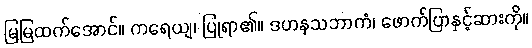
မြမြထက်အောင်။ ကရေယျ၊ ပြုရာ၏။ ဒဟနသဘာကံ၊ ဖောက်ပြာနှင့်ဆားကို။